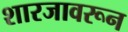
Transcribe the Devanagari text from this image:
शारजावरून